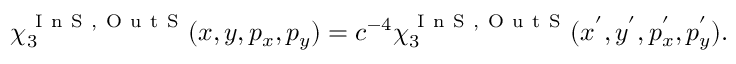
\chi _ { 3 } ^ { \mathrm { ~ I ~ n ~ S ~ , ~ O ~ u ~ t ~ S ~ } } ( x , y , p _ { x } , p _ { y } ) = c ^ { - 4 } \chi _ { 3 } ^ { \mathrm { ~ I ~ n ~ S ~ , ~ O ~ u ~ t ~ S ~ } } ( x ^ { ' } , y ^ { ' } , p _ { x } ^ { ' } , p _ { y } ^ { ' } ) .